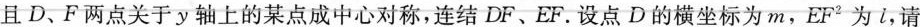
且D、F两点关于y轴上的某点成中心对称，连结DF、EF。设点D的横坐标为m，EF^{2}为l，请